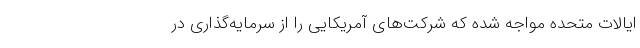
ایالات متحده مواجه شده که شرکت‌های آمریکایی را از سرمایه‌گذاری در